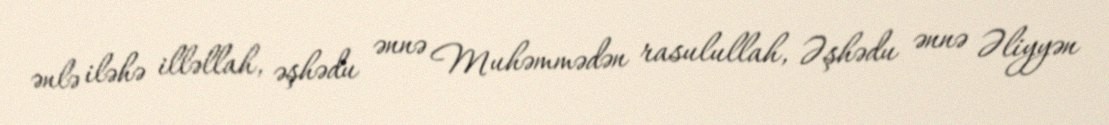
ənlə iləhə illəllah, əşhədu ənnə Muhəmmədən rasulullah, Əşhədu ənnə Əliyyən